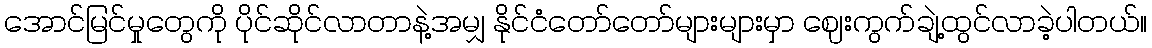
အောင်မြင်မှုတွေကို ပိုင်ဆိုင်လာတာနဲ့အမျှ နိုင်ငံတော်တော်များများမှာ ဈေးကွက်ချဲ့ထွင်လာခဲ့ပါတယ်။